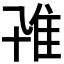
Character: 𨾐